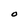
Character: O